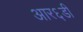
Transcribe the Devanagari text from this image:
आर६डी